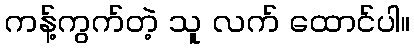
ကန့်ကွက်တဲ့ သူ လက် ထောင်ပါ။